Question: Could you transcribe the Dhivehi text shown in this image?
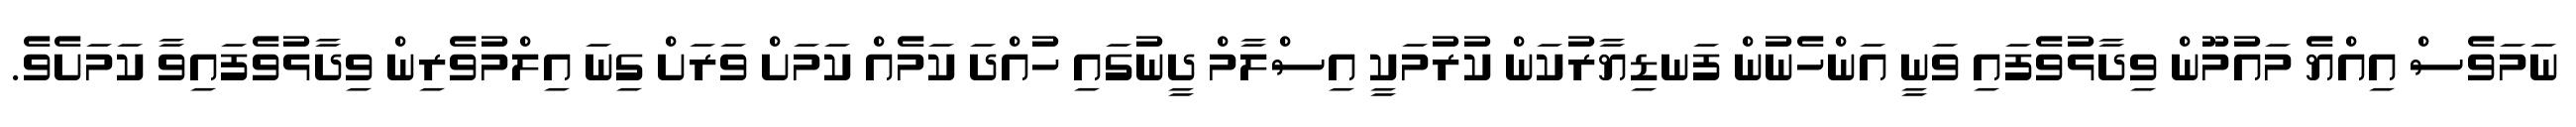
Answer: ނަމަވެސް އިއްޔެ މައުމޫން ވިދާޅުވެފައި ވަނީ އަންހެނުން ފަނޑިޔާރުކަން ކުރުމަކީ އިސްލާމް ދީނުގައި ހުއްދަ ކަމެއް ކަމަށް ވަރަށް ގިނަ އިލްމުވެރިން ވިދާޅުވެފައިވާ ކަމަށެވެ.